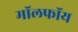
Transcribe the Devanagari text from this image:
मॉलफॉय